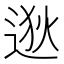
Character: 逖